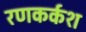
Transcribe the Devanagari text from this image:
रणकर्कश